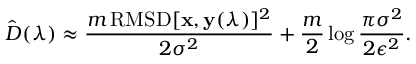
\hat { D } ( \boldsymbol { \lambda } ) \approx \frac { m \, \mathrm { R M S D } [ \mathbf { x } , \mathbf { y } ( \boldsymbol { \lambda } ) ] ^ { 2 } } { 2 \sigma ^ { 2 } } + \frac { m } { 2 } \log \frac { \pi \sigma ^ { 2 } } { 2 \epsilon ^ { 2 } } .